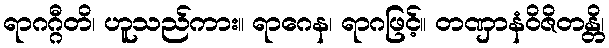
ရာဂဂ္ဂီတိ၊ ဟူသည်ကား။ ရာဂေန၊ ရာဂဖြင့်။ တဏှာနံဝိဇိတန္တိ၊